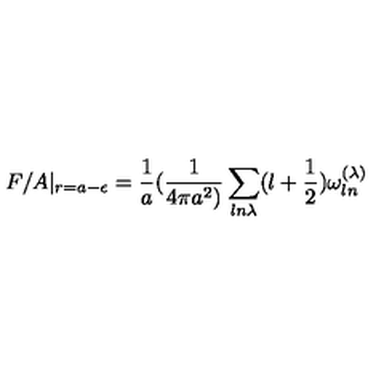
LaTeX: F / A | _ { r = a - \epsilon } = { \frac { 1 } { a } } ( { \frac { 1 } { 4 \pi a ^ { 2 } ) } } \sum _ { l n \lambda } ( l + { \frac { 1 } { 2 } } ) \omega _ { l n } ^ { ( \lambda ) }